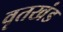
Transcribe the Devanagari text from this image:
वृतखंड